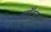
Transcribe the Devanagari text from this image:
लॉटर